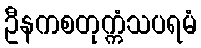
ဦနကစတုက္ကံသပရမံ